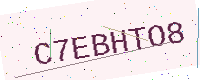
Text: C7EBHTO8